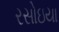
રસોઇયા